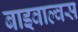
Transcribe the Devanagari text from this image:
बाइवाल्वस